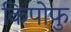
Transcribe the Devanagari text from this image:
किपोफु